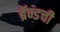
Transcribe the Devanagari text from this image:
ब्रॅन्डची